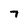
Character: 7